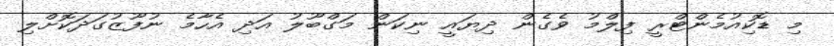
މި ޑޮކިއުމެންޓްރީ ފިލްމު ވެގެން ދިޔައީ ނިކަން މަގްބޫލު އަދި އެހާމެ ނުފޫޒުގަދަކޮށްލި